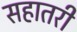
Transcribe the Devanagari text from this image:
सहातरी